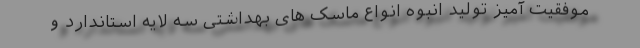
موفقیت آمیز تولید انبوه انواع ماسک های بهداشتی سه لایه استاندارد و